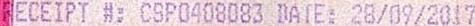
RECEIPT #: CSP0408083 DATE: 28/09/2017